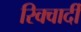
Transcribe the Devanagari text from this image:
रिक्वार्दी